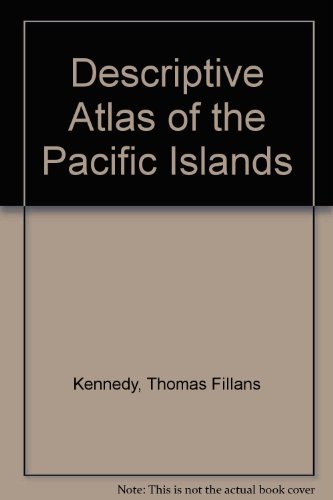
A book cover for Descriptive Atlas of the Pacific Islands; Thomas Fillans Kennedy; Travel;